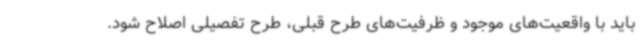
باید با واقعیت‌های موجود و ظرفیت‌های طرح قبلی، طرح تفصیلی اصلاح شود.